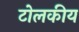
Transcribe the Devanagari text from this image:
टोलकीय